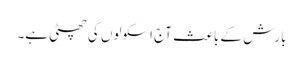
بارش کے باعث آج اسکولوں کی چھٹی ہے۔